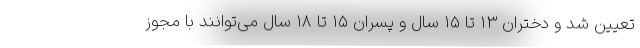
تعیین شد و دختران ۱۳ تا ۱۵ سال و پسران ۱۵ تا ۱۸ سال می‌توانند با مجوز